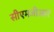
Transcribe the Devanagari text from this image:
सीएमजीआर